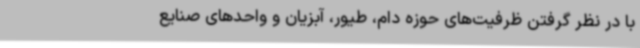
با در نظر گرفتن ظرفیت‌های حوزه دام، ‌طیور، آبزیان و واحدهای صنایع